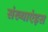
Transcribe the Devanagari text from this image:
संख्याएंइस